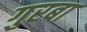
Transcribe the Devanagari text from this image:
गुरबा